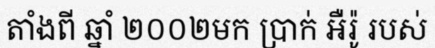
តាំងពី ឆ្នាំ ២០០២មក ប្រាក់ អឺរ៉ូ របស់